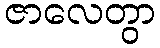
ဇာလေတွာ